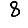
Digit: 8